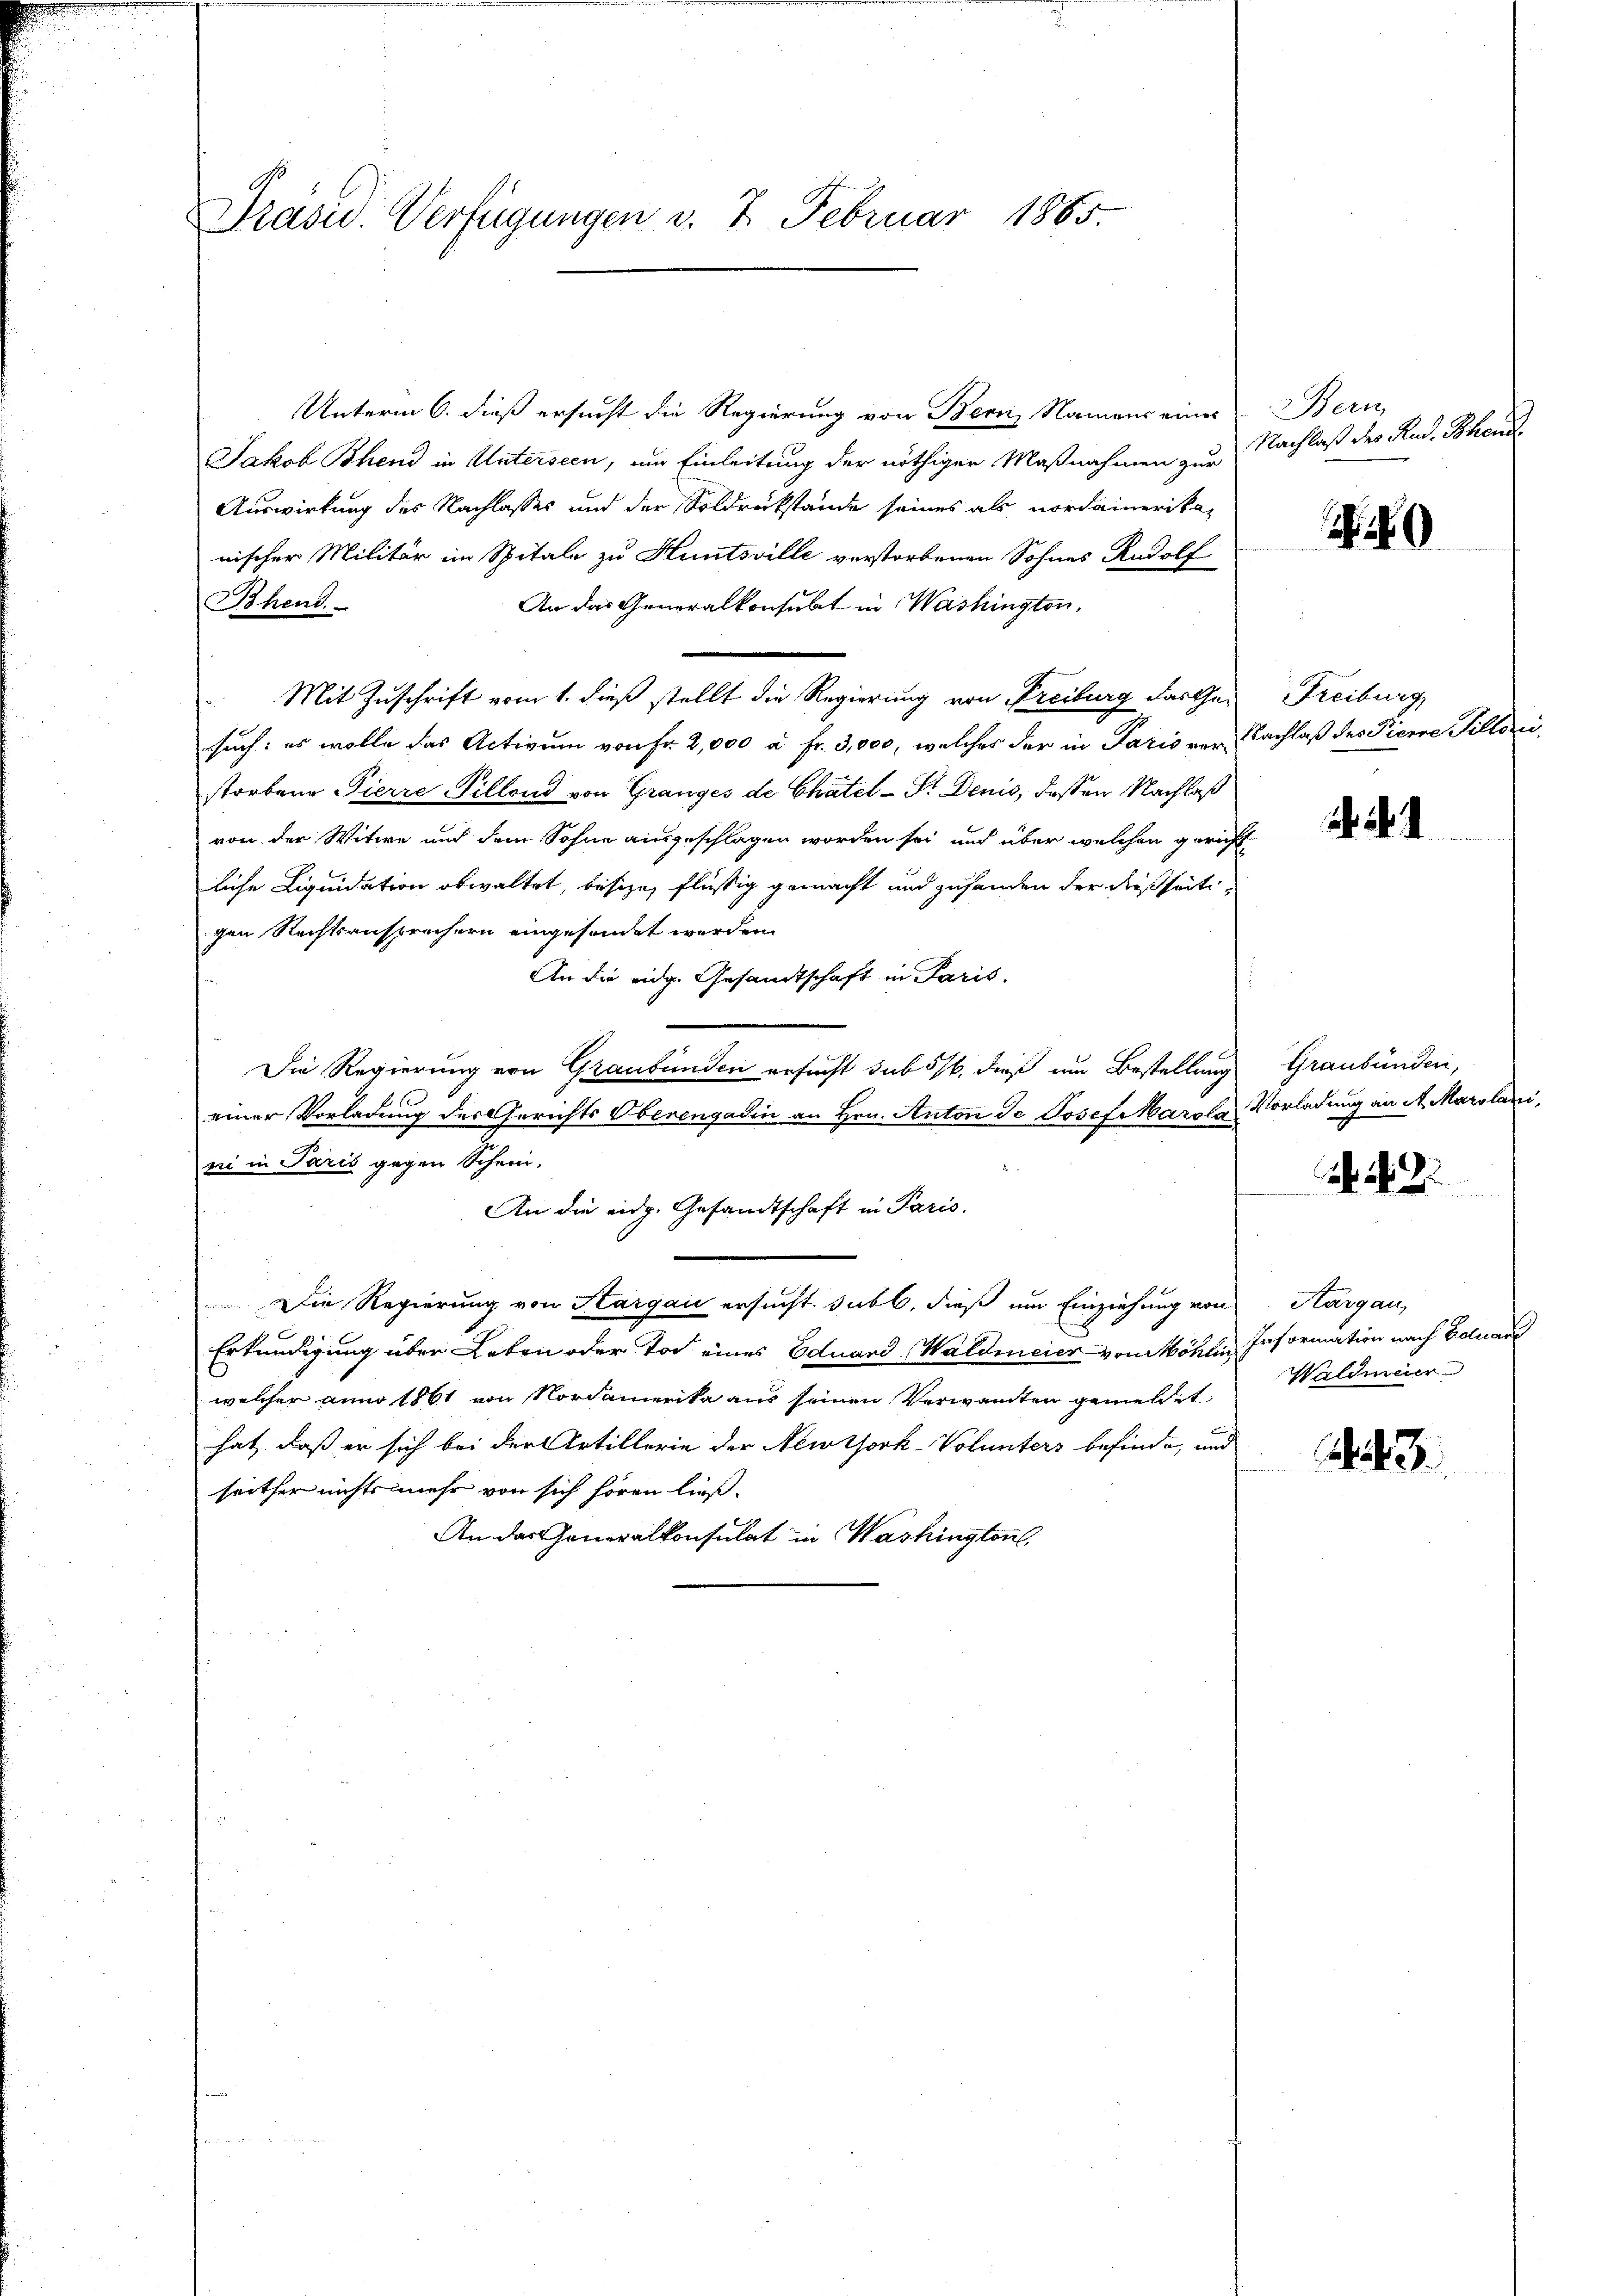
Präsid. Verfügungen v. 7. Februar 1865

Unterm 6. dieß ersucht die Regierung von Bern, Namens eines
Jakob Bhend in Unterseen, um Einleitung der nöthigen Maßnahmen zur
Auswirkung des Nachlasses und der Soldrückstände seines als nordamerikanischer Militär im Spitale zu Hüntsville verstorbenen Sohnes Rudolf
An das Generalkonsulat in Washington.
Mit Zuschrift vom 1. dieß stellt die Regierung von Freiburg darthei
such: es wolle das Activum von Fr. 2,000 à Fr. 3,000, welches der in Paris verstorbene Pierre Pillend von Granges de Chätel-Dr. Denis, dassen Nachlaß
von der Witwe und dem Sohne ausgeschlagen worden sei und über welchen gericht
liche Liquidation obwaltet, besize, flüssig gemacht und zusenden der dießseitigen Rechtsansprechern eingesendet werden.
An die eidg. Gesandtschaft in Paris,
Die Regierung von Graubünden ersucht sub 5/. dieß um Bestellung
einer Vorladung der Gerichts Oberengadin an Hrn. Anton Je Josef Marola
si in Paris gegen Schein,
An die eidg. Gesandtschaft in Paris,
Die Regierung von Hargau ersucht, subt, dieß um Einziehung von
Erkundigung über Leben oder Tod eines Eduard Waldmeier von Möhlin,
welcher anno 1861 von Nordamerika aus seinen Verwandten gemeldet
hat, daß er sich bei der Artillerie der Newtork-Volunters befinde, und
seither nichts mehr von sich hören ließ.
An das Generalkonsulat in Washington,

Bhend.

Bern
Nachlaß des Rud. Schend

49

Freiburg
Nachlaß des Pierre Tillon

Graubünden,
Vorladung an St. Marolani

a. a. 2

Aargau,
Information nach Eduard
Waldmaer

3.